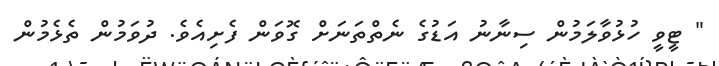
" ޓީވީ ހުޅުވާލަމުން ސިނާނު އަޑުގެ ނެތްތަނަށް ގޮވަން ފެށިއެވެ. ދުވަމުން ތެޅެމުން